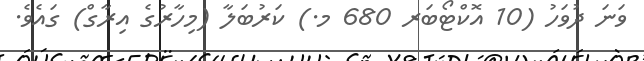
ވަނަ ދުވަހު (10 އޮކްޓޯބަރ 680 މ.) ކަރުބަލާ (މިހާރުގެ އިރާގް) ގައެވެ.